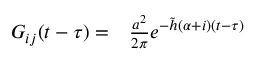
\begin{array} { r l } { G _ { i j } ( t - \tau ) = } & { { } \frac { a ^ { 2 } } { 2 \pi } e ^ { - \tilde { h } ( \alpha + i ) ( t - \tau ) } } \end{array}